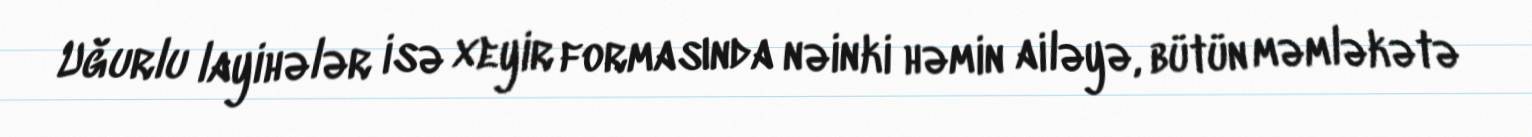
Uğurlu layihələr isə xeyir formasında nəinki həmin ailəyə, bütün məmləkətə